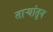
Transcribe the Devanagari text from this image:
ताऱ्यांतून